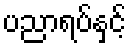
ပညာရပ်နှင့်